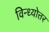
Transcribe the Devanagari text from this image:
विन्ध्योत्तर